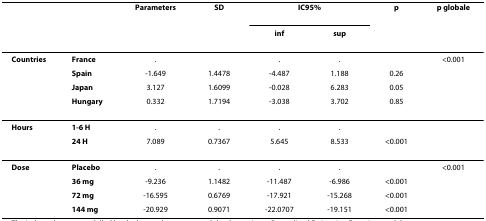
|  |  | Parameters | SD | <COLSPAN=2> IC95% | p | p globale |
 |  |  |  |  | inf | sup |  |  |
 | --- | --- | --- | --- | --- | --- | --- | --- |
 | Countries | France | . |  | . | . |  | <0.001 |
 |  | Spain | -1.649 | 1.4478 | -4.487 | 1.188 | 0.26 |  |
 |  | Japan | 3.127 | 1.6099 | -0.028 | 6.283 | 0.05 |  |
 |  | Hungary | 0.332 | 1.7194 | -3.038 | 3.702 | 0.85 |  |
 | Hours | 1-6 H | . | . | . | . |  |  |
 |  | 24 H | 7.089 | 0.7367 | 5.645 | 8.533 | <0.001 |  |
 | Dose | Placebo | . | . | . | . |  | <0.001 |
 |  | 36 mg | -9.236 | 1.1482 | -11.487 | -6.986 | <0.001 |  |
 |  | 72 mg | -16.595 | 0.6769 | -17.921 | -15.268 | <0.001 |  |
 |  | 144 mg | -20.929 | 0.9071 | -22.0707 | -19.151 | <0.001 |  |